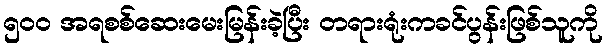
၅၀၀ အရစစ်ဆေးမေးမြန်းခဲ့ပြီး တရားရုံးကခင်ပွန်းဖြစ်သူကို